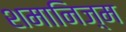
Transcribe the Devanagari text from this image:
शमानिज़्म